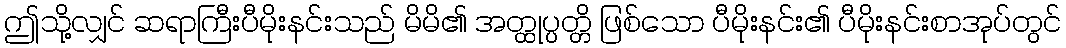
ဤသို့လျှင် ဆရာကြီးပီမိုးနင်းသည် မိမိ၏ အတ္ထုပ္ပတ္တိ ဖြစ်သော ပီမိုးနင်း၏ ပီမိုးနင်းစာအုပ်တွင်